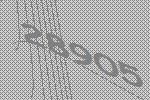
28905